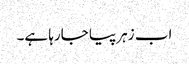
اب زہر پیا جارہا ہے۔